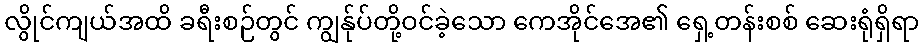
လွိုင်ကျယ်အထိ ခရီးစဉ်တွင် ကျွန်ုပ်တို့ဝင်ခဲ့သော ကေအိုင်အေ၏ ရှေ့တန်းစစ် ဆေးရုံရှိရာ